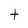
Character: t